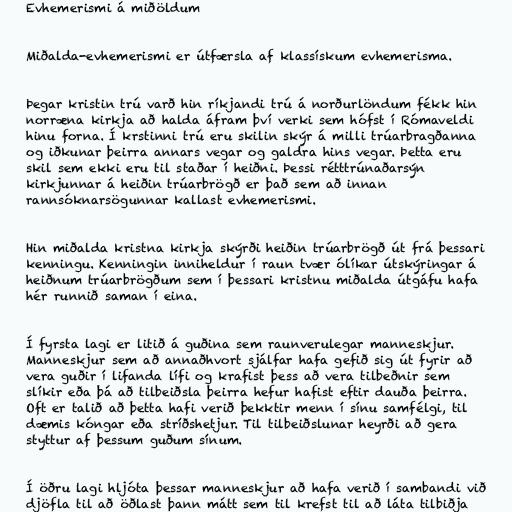
Evhemerismi á miðöldum

Miðalda-evhemerismi er útfærsla af klassískum evhemerisma.

Þegar kristin trú varð hin ríkjandi trú á norðurlöndum fékk hin
norræna kirkja að halda áfram því verki sem hófst í Rómaveldi
hinu forna. Í krstinni trú eru skilin skýr á milli trúarbragðanna
og iðkunar þeirra annars vegar og galdra hins vegar. Þetta eru
skil sem ekki eru til staðar í heiðni. Þessi rétttrúnaðarsýn
kirkjunnar á heiðin trúarbrögð er það sem að innan
rannsóknarsögunnar kallast evhemerismi.

Hin miðalda kristna kirkja skýrði heiðin trúarbrögð út frá þessari
kenningu. Kenningin inniheldur í raun tvær ólíkar útskýringar á
heiðnum trúarbrögðum sem í þessari kristnu miðalda útgáfu hafa
hér runnið saman í eina.

Í fyrsta lagi er litið á guðina sem raunverulegar manneskjur.
Manneskjur sem að annaðhvort sjálfar hafa gefið sig út fyrir að
vera guðir í lifanda lífi og krafist þess að vera tilbeðnir sem
slíkir eða þá að tilbeiðsla þeirra hefur hafist eftir dauða þeirra.
Oft er talið að þetta hafi verið þekktir menn í sínu samfélgi, til
dæmis kóngar eða stríðshetjur. Til tilbeiðslunar heyrði að gera
styttur af þessum guðum sínum.

Í öðru lagi hljóta þessar manneskjur að hafa verið í sambandi við
djöfla til að öðlast þann mátt sem til krefst til að láta tilbiðja